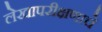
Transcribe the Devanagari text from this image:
लेखापरीक्षणाचे